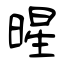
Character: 暒